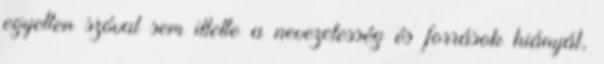
egyetlen szóval sem illette a nevezetesség és források hiányát,